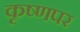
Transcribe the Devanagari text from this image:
कृष्णपर